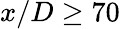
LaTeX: x/D\geq 70